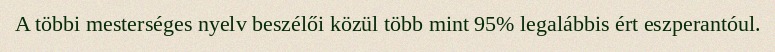
A többi mesterséges nyelv beszélői közül több mint 95% legalábbis ért eszperantóul.